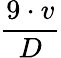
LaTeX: \frac{9\cdot v}{D}